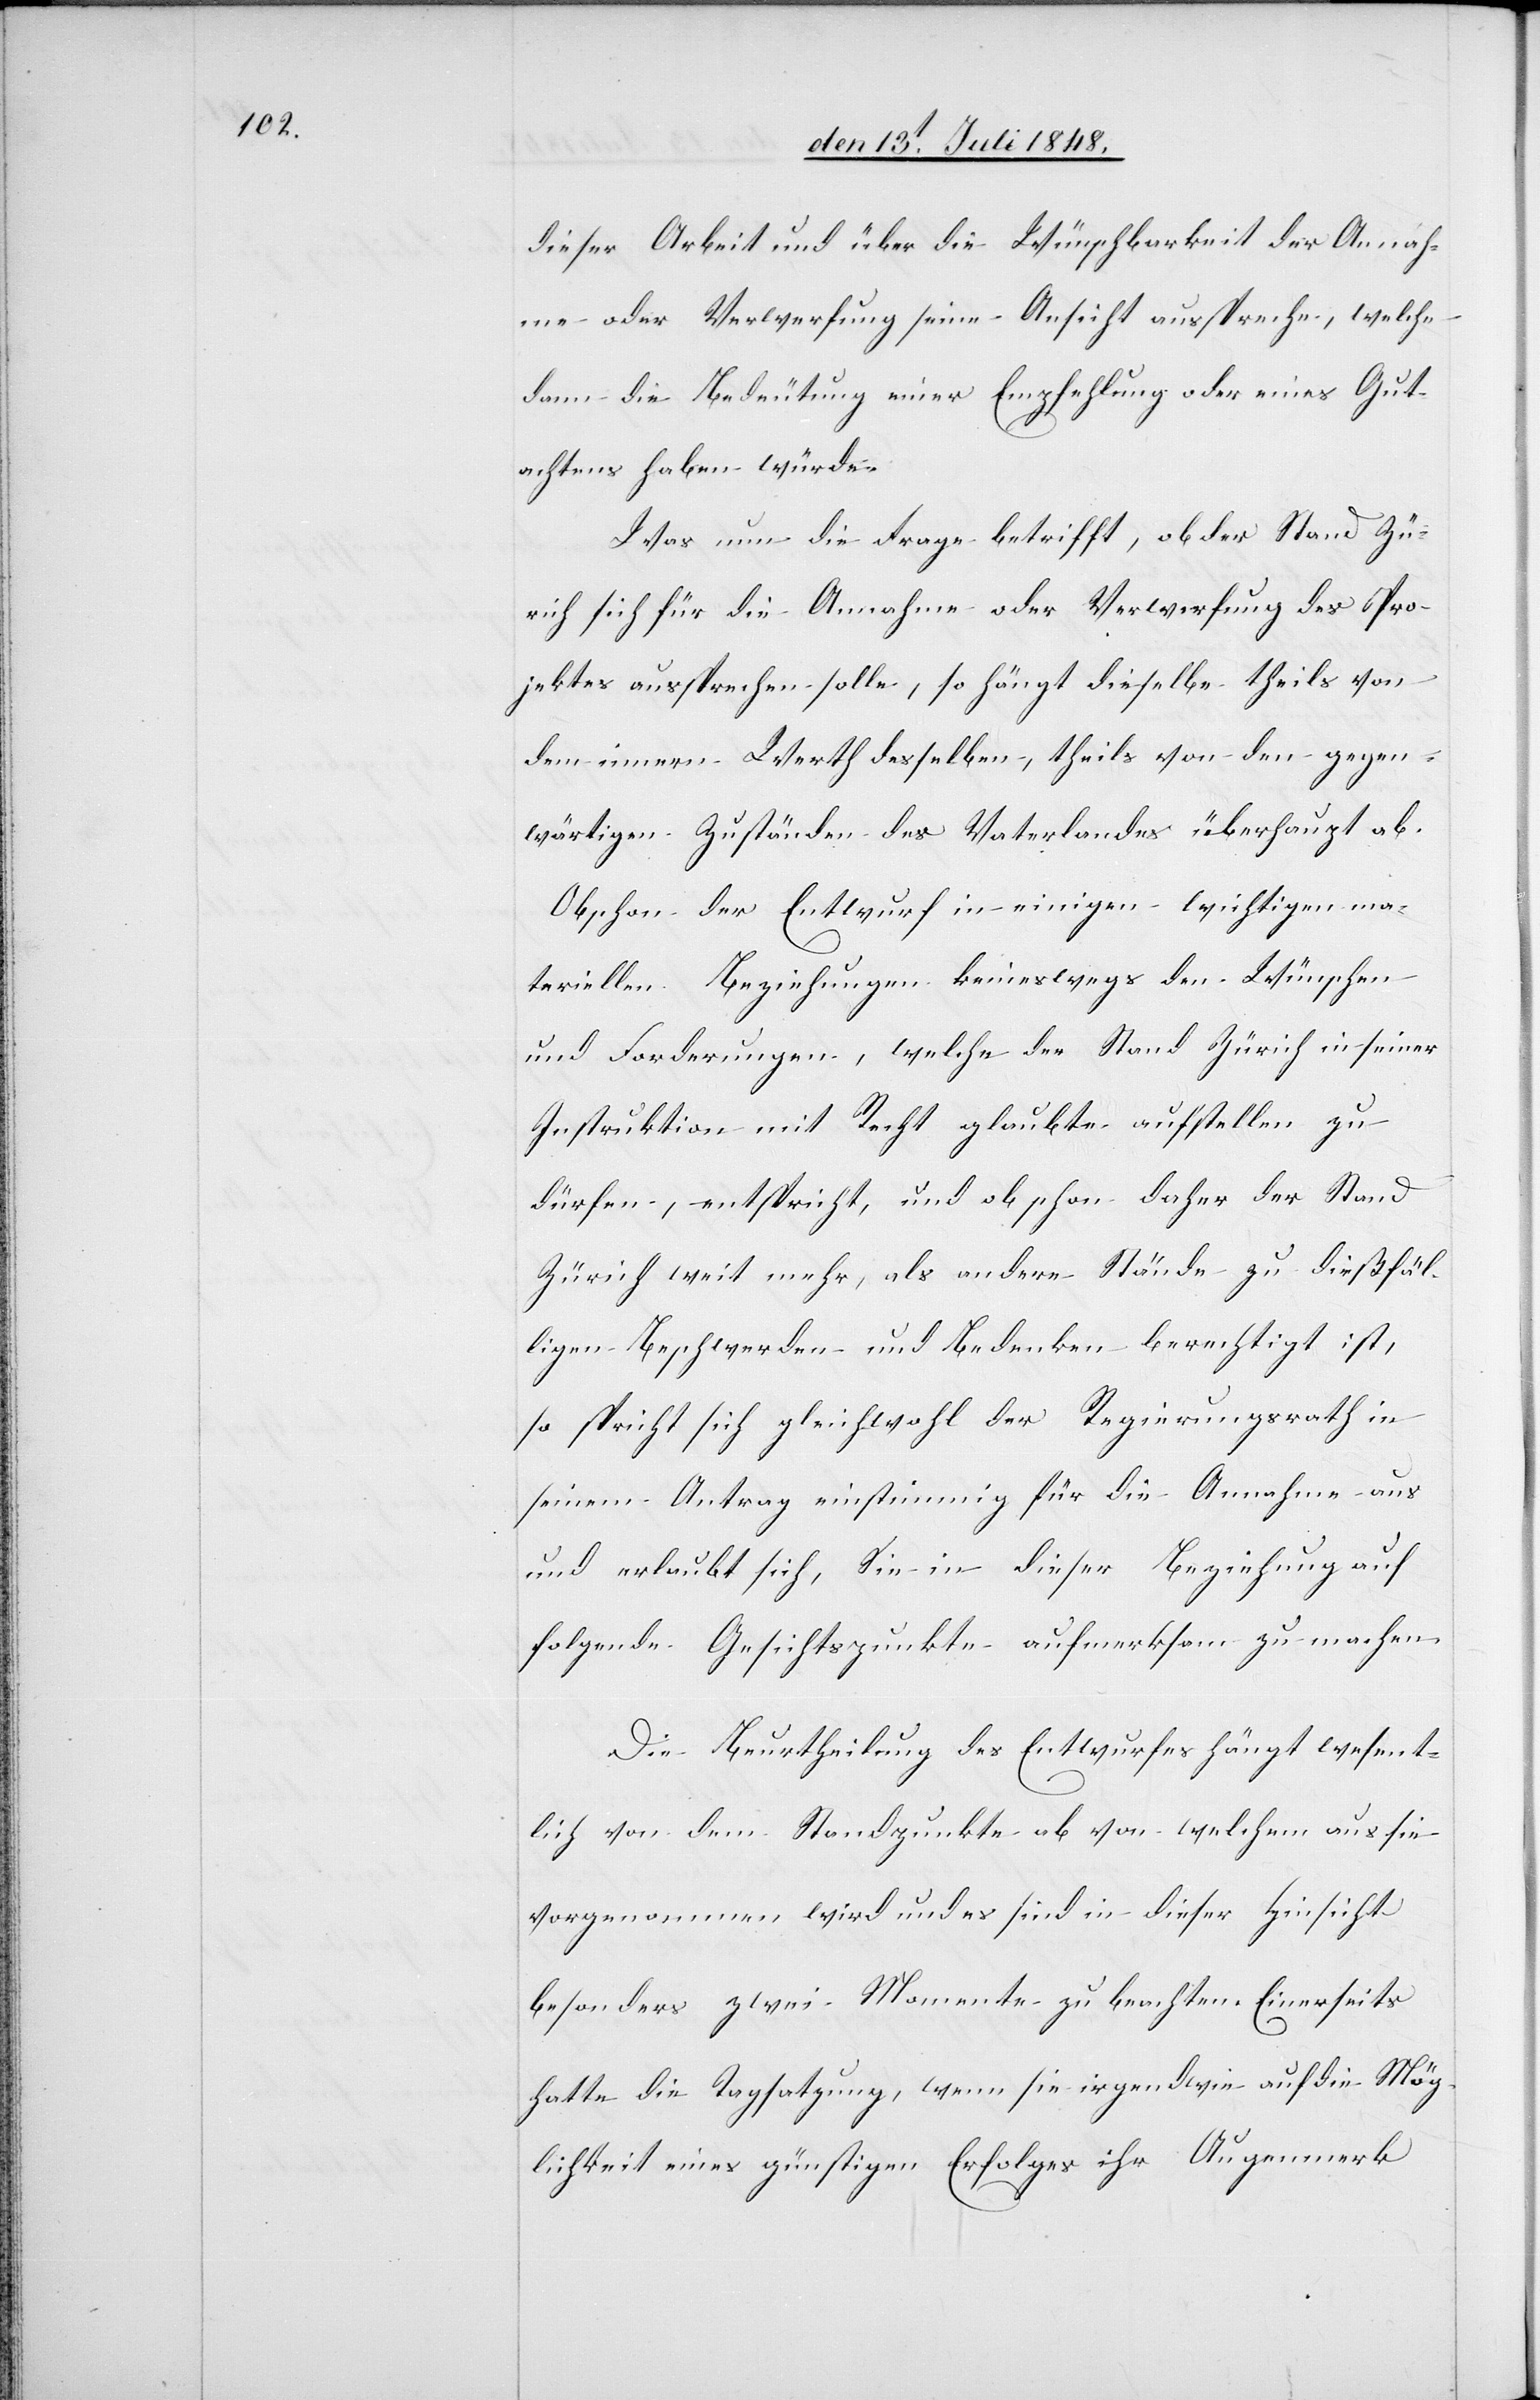
dieser Arbeit und über die Wünschbarkeit der Annahme
Gutachtens haben würde.
Was nun die Frage betrifft, ob der Stand Zü¬
rich sich für die Annahme oder Verwerfung des Pro¬
jektes aussprechen solle, so hängt dieselbe theils von
dem innern Werth derselben, theils von den gegen¬
wärtigen Zuständen des Vaterlandes überhaupt ab.
Obschon der Entwurf in einigen wichtigen ma¬
teriellen Beziehungen keineswegs den Wünschen
und Forderungen, welche der Stand Zürich in seiner
Instruktion mit Recht glaubte aufstellen zu
dürfen, entspricht, und ob schon daher der Stand
Zürich weit mehr, als andere Stände zu dießfäl¬
ligen Beschwerden und Bedenken berechtigt ist,
so spricht sich gleichwohl der Regierungsrath in
seinem Antrag einstimmig für die Annahme aus
und erlaubt sich, Sie in dieser Beziehung auf
folgende Gesichtspunkte aufmerksam zu machen.
Die Beurtheilung des Entwurfes hängt wesent¬
lich von dem Standpunkte ab von welchem aus sie
vorgenommen wird und es sind in dieser Hinsicht
besonders zwei Momente zu beachten. Einerseits
hatte die Tagsatzung, wenn sie irgendwie auf die Mög¬
lichkeit eines günstigen Erfolges ihr Augenmerk